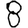
Digit: 8